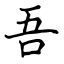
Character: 吾